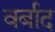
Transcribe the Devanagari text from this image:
वर्बाद